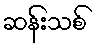
ဆန်းသစ်